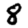
Digit: 8